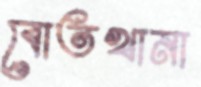
বোতখানা